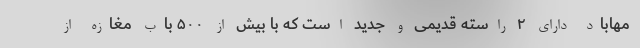
مهاباد دارای ۲ راسته قدیمی و جدید است که با بیش از ۵۰۰ باب مغازه از